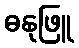
ဓနုဖြူ